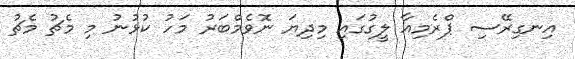
އިނގިރޭސި ޕްރެމިއާ ލީގުގައި މިދިޔަ ނޮވެމްބަރު މަހު ކުޅުނު މި މެޗު މެޗު